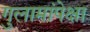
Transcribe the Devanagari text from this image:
गुलामांपेक्षा